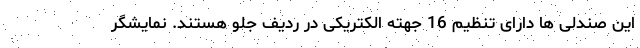
این صندلی ها دارای تنظیم 16 جهته الکتریکی در ردیف جلو هستند. نمایشگر